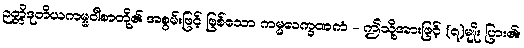
ဉတ္တိဒုတိယကမ္မဝါစာတို့၏ အစွမ်းဖြင့် ဖြစ်သော ကမ္မလက္ခဏကံ - ဤသို့အားဖြင့် (၇)မျိုး ပြား၏။